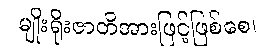
မျိုးရိုးဇာတိအားဖြင့်ဖြစ်စေ၊